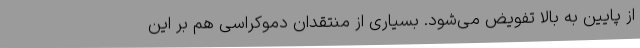
از پایین به بالا تفویض می‌شود. بسیاری از منتقدان دموکراسی هم بر این